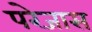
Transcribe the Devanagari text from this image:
परेजास